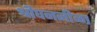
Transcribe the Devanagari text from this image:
श्रीघननीळा